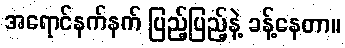
အရောင်နက်နက် ပြည့်ပြည့်နဲ့ ခန့်နေတာ။